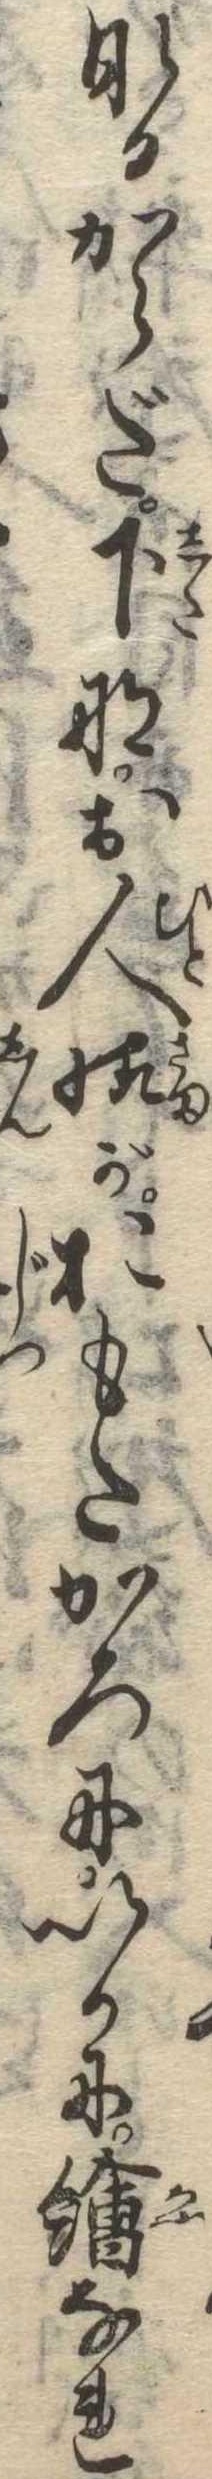
なるからだ下なお人様がおもたかろにいかに絵なれ